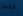
كنت